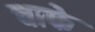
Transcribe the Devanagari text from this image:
चाफे